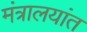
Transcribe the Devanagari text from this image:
मंत्रालयांत